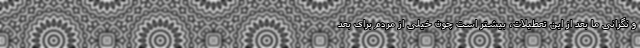
و نگرانی ما بعد از این تعطیلات، بیشتر است چون خیلی از مردم برای بعد